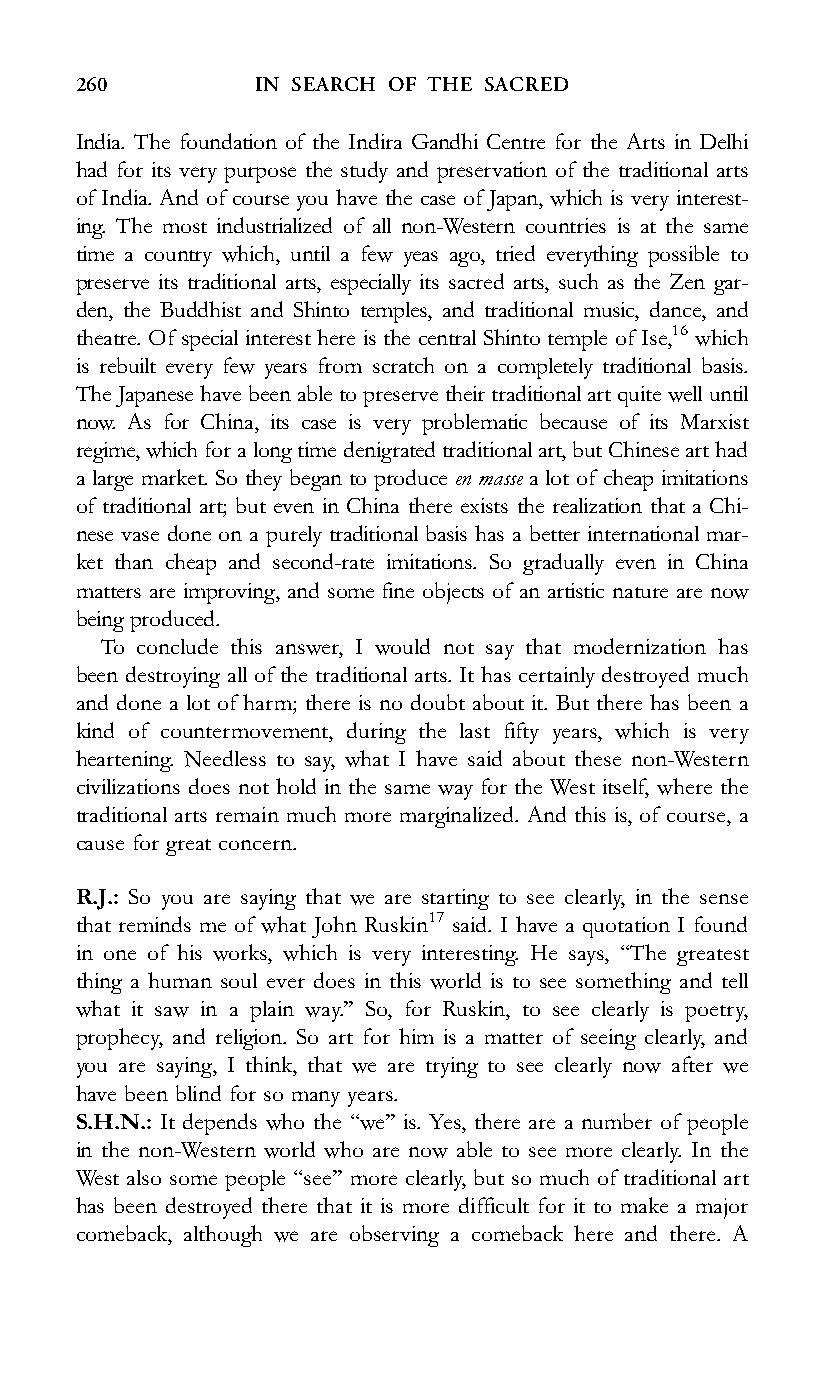
260         IN SEARCH OF THE SACRED
 India. The foundation of the Indira Gandhi Centre for the Arts in Delhi
 had for its very purpose the study and preservation of the traditional arts
 of India. And of course you have the case of Japan, which is very interest-
 ing. The most industrialized of all non-Western countries is at the same
 time a country which, until a few yeas ago, tried everything possible to
 preserve its traditional arts, especially its sacred arts, such as the Zen gar-
 den, the Buddhist and Shinto temples, and traditional music, dance, and
 theatre. Of special interest here is the central Shinto temple of Ise,16 which
 is rebuilt every few years from scratch on a completely traditional basis.
 TheJapanesehavebeen able to preserve their traditional art quite well until
 now. As for China, its case is very problematic because of its Marxist
 regime,whichforalongtimedenigratedtraditionalart,butChinesearthad
 a large market. So they began to produce en masse a lot of cheap imitations
 of traditional art; but even in China there exists the realization that a Chi-
 nese vase done on a purely traditional basis has a better international mar-
 ket than cheap and second-rate imitations. So gradually even in China
 matters are improving, and some fine objects of an artistic nature are now
 being produced.
 To conclude this answer, I would not say that modernization has
 been destroying all of the traditional arts. It has certainly destroyed much
 and done a lot of harm; there is no doubt about it. But there has been a
 kind of countermovement, during the last fifty years, which is very
 heartening. Needless to say, what I have said about these non-Western
 civilizations does not hold in the same way for the West itself, where the
 traditional arts remain much more marginalized. And this is, of course, a
 cause for great concern.
 R.J.: So you are saying that we are starting to see clearly, in the sense
 that reminds me of what John Ruskin17 said. I have a quotation I found
 in one of his works, which is very interesting. He says, ‘‘The greatest
 thing a human soul ever does in this world is to see something and tell
 what it saw in a plain way.’’ So, for Ruskin, to see clearly is poetry,
 prophecy, and religion. So art for him is a matter of seeing clearly, and
 you are saying, I think, that we are trying to see clearly now after we
 have been blind for so many years.
 S.H.N.: It depends who the ‘‘we’’ is. Yes, there are a number of people
 in the non-Western world who are now able to see more clearly. In the
 West also some people ‘‘see’’ more clearly, but so much of traditional art
 has been destroyed there that it is more difficult for it to make a major
 comeback, although we are observing a comeback here and there. A